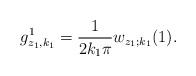
LaTeX: \begin{align*} g^1_{z_1,k_1}=\frac{1}{2k_1\pi}w_{z_1;k_1}(1). \end{align*}